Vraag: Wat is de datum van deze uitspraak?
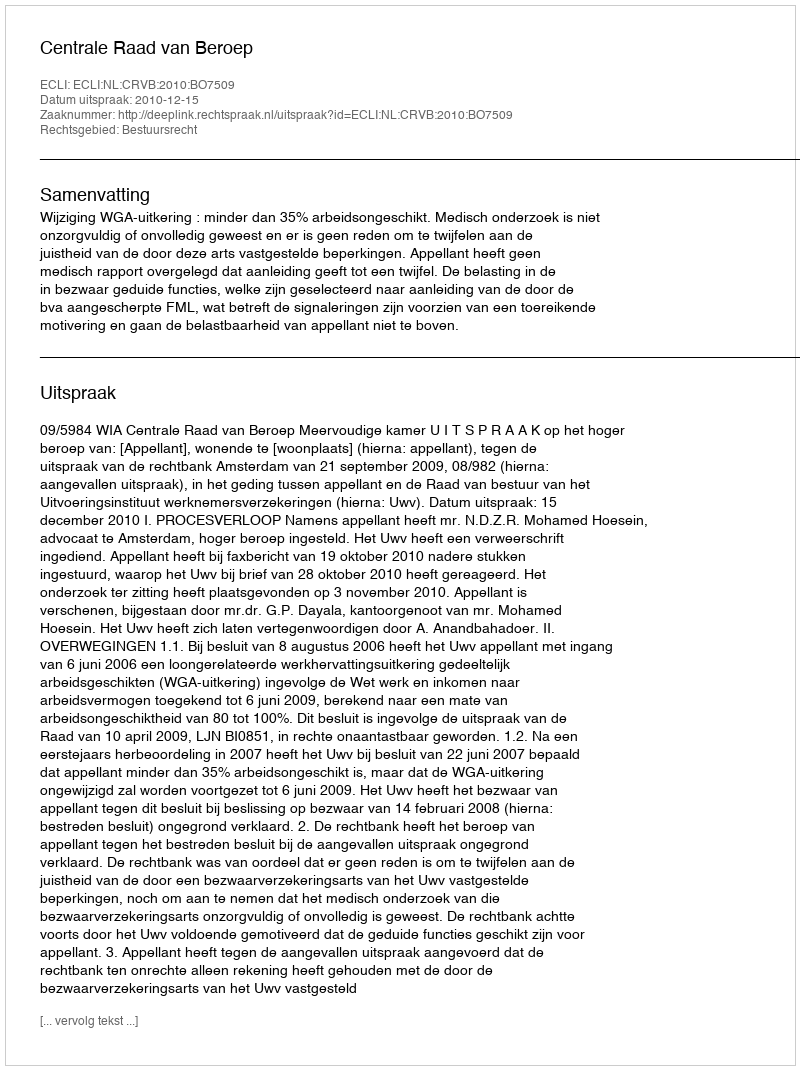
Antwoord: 2010-12-15